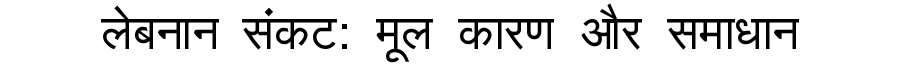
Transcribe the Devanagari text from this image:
लेबनान संकट: मूल कारण और समाधान